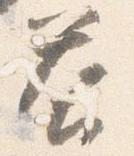
答